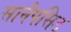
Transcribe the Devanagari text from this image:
सानैपसिड